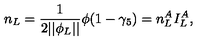
n _ { L } = \frac 1 { 2 | | \phi _ { L } | | } \phi ( 1 - \gamma _ { 5 } ) = n _ { L } ^ { A } I _ { L } ^ { A } ,